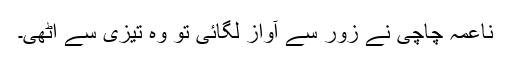
ناعمہ چاچی نے زور سے آواز لگائی تو وہ تیزی سے اٹھی۔